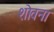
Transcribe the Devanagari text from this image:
शोवना